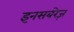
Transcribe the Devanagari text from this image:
इनसबरेज़